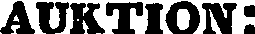
AUKTION: